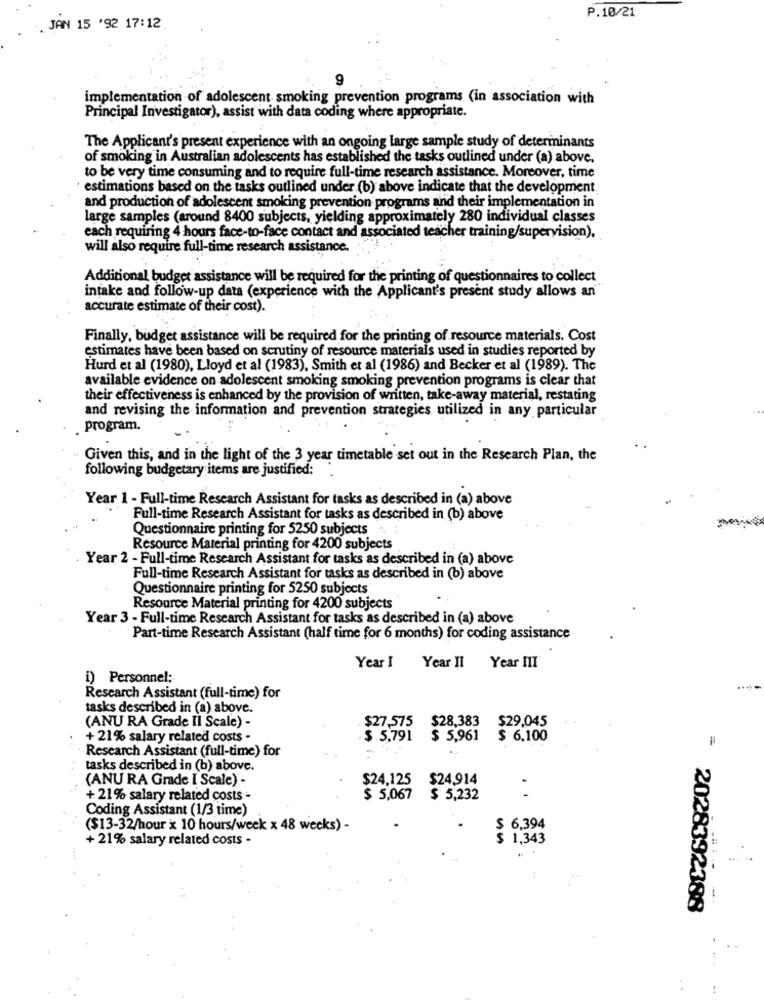
P.10/21
JAN 15 '92 17:12
9
implementation of adolescent smoking prevention programs (in association with
Principal Investigator), assist with data coding where appropriate.
The Applicant's present experience with an ongoing large sample study of determinants
of smoking in Australian adolescents has established the tasks outlined under (a) above.
to be very time consuming and to require full-time research assistance. Moreover, time
· estimations based on the tasks outlined under (b) above indicate that the development.
and production of adolescent smoking prevention programs and their implementation in
large samples (around 8400 subjects, yielding approximately 280 individual classes
each requiring 4 hours face-to-face contact and associated teacher training/supervision),
will also require full-time research assistance.
Additional budget assistance will be required for the printing of questionnaires to collect
intake and follow-up data (experience with the Applicant's present study allows an
accurate estimate of their cost).
Finally, budget assistance will be required for the printing of resource materials. Cost
estimates have been based on scrutiny of resource materials used in studies reported by
Hurd et al (1980), Lloyd et al (1983), Smith et al (1986) and Becker et al (1989). The
available evidence on adolescent smoking smoking prevention programs is clear that
their effectiveness is enhanced by the provision of written, take-away material, restating
and revising the information and prevention strategies utilized in any particular
program.
Given this, and in the light of the 3 year timetable set out in the Research Plan, the
following budgetary items are justified:
Year 1 - Full-time Research Assistant for tasks as described in (a) above
Full-time Research Assistant for tasks as described in (b) above
Questionnaire printing for 5250 subjects ..
Resource Material printing for 4200 subjects
Year 2 - Full-time Research Assistant for tasks as described in (a) above
Full-time Research Assistant for tasks as described in (b) above
Questionnaire printing for 5250 subjects
Resource Material printing for 4200 subjects
Year 3 - Full-time Research Assistant for tasks as described in (a) above
Part-time Research Assistant (half time for 6 months) for coding assistance
Year I
Year II
Year III
i) Personnel:
Research Assistant (full-time) for
tasks described in (a) above.
(ANU RA Grade Il Scale) -
$27,575
$28,383
$29,045
+ 21% salary related costs -
$ 5.791
$ 5,961
$ 6,100
Research Assistant (full-time) for
=
tasks described in (b) above.
(ANU RA Grade I Scale) -
$24,125
$24.914
+ 21% salary related costs -
$ 5,067
$ 5,232
Coding Assistant (1/3 time)
($13-32/hour x 10 hours/week x 48 weeks) -
$ 6,394
+ 21% salary related costs -
$ 1,343
2028392388